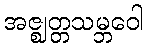
အဇ္ဈတ္တသမ္ဘဝေါ